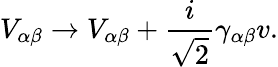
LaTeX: V_{\alpha\beta}\rightarrow V_{\alpha\beta}+\frac{i}{\sqrt{2}}\gamma_{\alpha\beta}v.